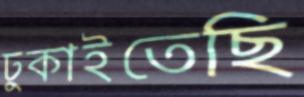
ঢুকাইতেছি